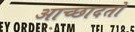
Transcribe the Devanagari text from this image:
आच्छादतो